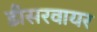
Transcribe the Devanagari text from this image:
डीसरवायर